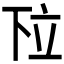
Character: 𬔗